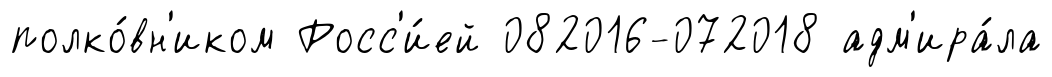
полко́вн'иком Росс'и́ей 082016-072018 адм'ира́ла